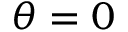
\theta = 0